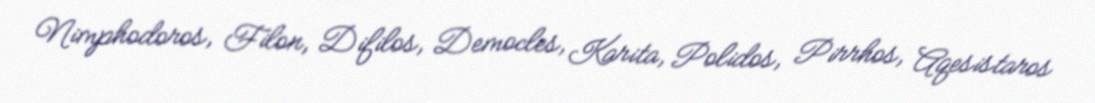
Nimphodoros, Filon, Difilos, Democles, Karita, Polidos, Pirrhos, Aqesistaros